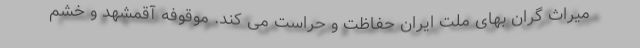
میراث گران بهای ملت ایران حفاظت و حراست می کند. موقوفه آقمشهد و خشم